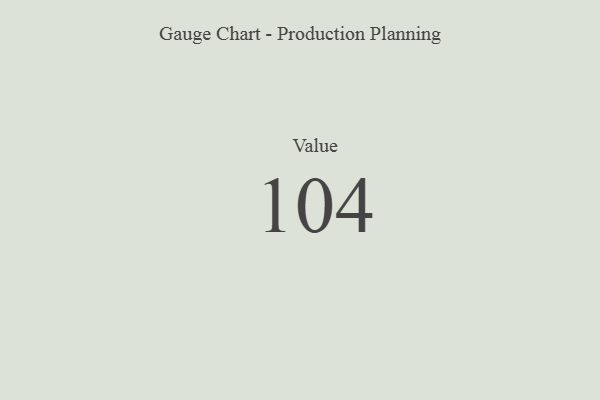
{"axis": {"x": "Metric", "y": "Value"}, "legend": [""], "data": [{"x": "Value", "y": 104, "type": ""}]}